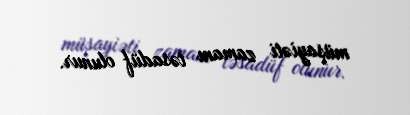
müşayiəti zamanı təsadüf olunur.